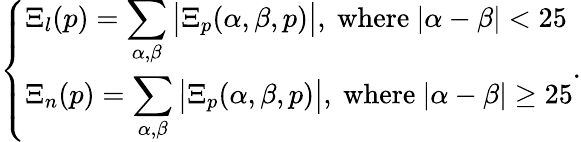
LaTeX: \left\{ \begin{array}{ll}{\Xi_{l}(p)=\displaystyle\sum_{\alpha,\beta}\big\vert\Xi_{p}(\alpha,\beta,p)\big\vert,\mathrm{~where~}\vert\alpha-\beta\vert<25}\\ {\Xi_{n}(p)=\displaystyle\sum_{\alpha,\beta}\big\vert\Xi_{p}(\alpha,\beta,p)\big\vert,\mathrm{~where~}\vert\alpha-\beta\vert\ge 25}\end{array}\right..